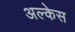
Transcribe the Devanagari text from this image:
अल्केस